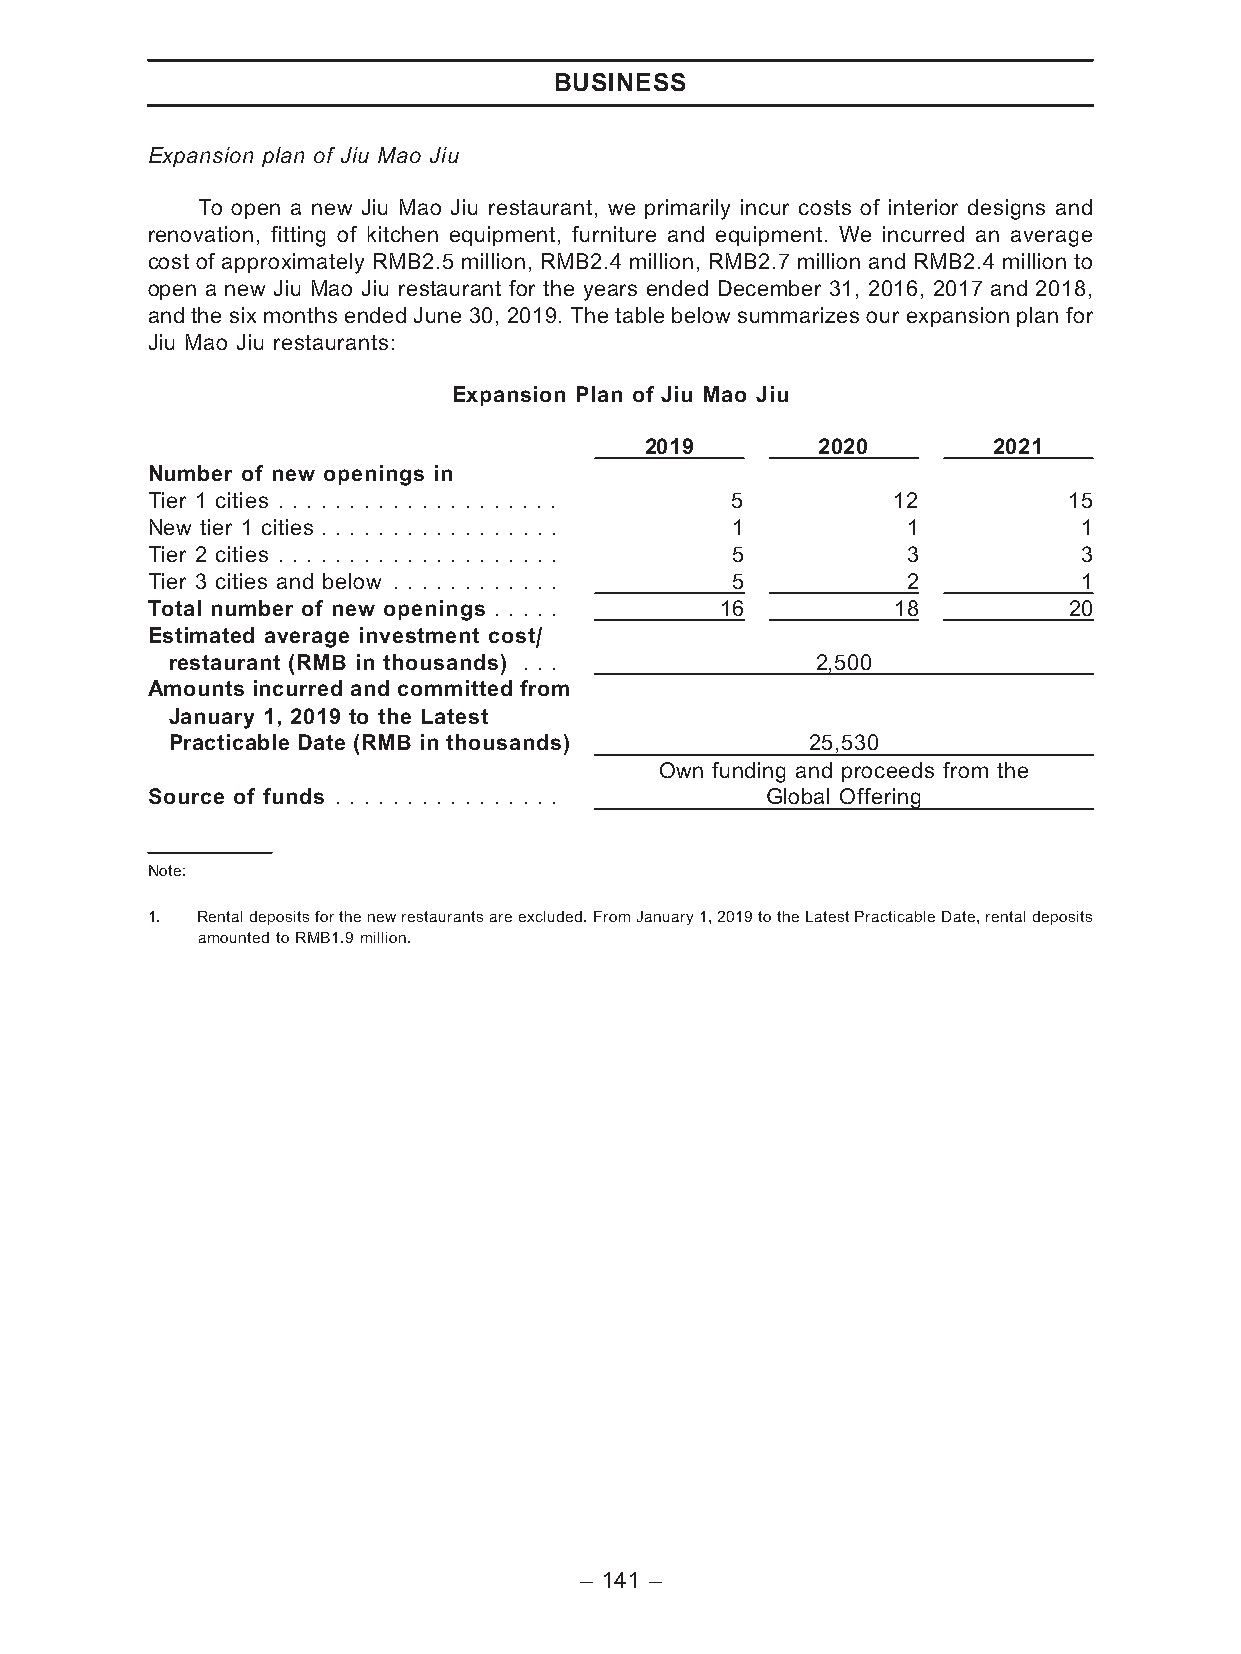
BUSINESS
 Expansion plan of Jiu Mao Jiu
 To open a new Jiu Mao Jiu restaurant, we primarily incur costs of interior designs and
 renovation, fitting of kitchen equipment, furniture and equipment. We incurred an average
 cost of approximately RMB2.5 million, RMB2.4 million, RMB2.7 million and RMB2.4 million to
 open a new Jiu Mao Jiu restaurant for the years ended December 31, 2016, 2017 and 2018,
 and the six months ended June 30, 2019. The table below summarizes our expansion plan for
 Jiu Mao Jiu restaurants:
 Expansion Plan of Jiu Mao Jiu
 2019       2020        2021
 Number of new openings in
 Tier 1 cities . . . . . . . . . . . . . . . . . . . . 5 12   15
 New tier 1 cities . . . . . . . . . . . . . . . . . 1 1       1
 Tier 2 cities . . . . . . . . . . . . . . . . . . . . 5 3     3
 Tier 3 cities and below . . . . . . . . . . . . 5 2           1
 Total number of new openings . . . . . 16        18          20
 Estimated average investment cost/
 restaurant (RMB in thousands) . . .        2,500
 Amounts incurred and committed from
 January 1, 2019 to the Latest
 Practicable Date (RMB in thousands)        25,530
 Own funding and proceeds from the
 Source of funds . . . . . . . . . . . . . . . . Global Offering
 Note:
 1. Rentaldepositsforthenewrestaurantsareexcluded.FromJanuary1,2019totheLatestPracticableDate,rentaldeposits
 amountedtoRMB1.9million.
 – 141 –